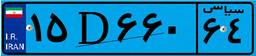
۱۴D۴۴۸۸۱